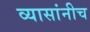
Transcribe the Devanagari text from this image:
व्यासांनीच